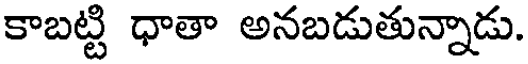
కాబట్టి ధాతా అనబడుతున్నాడు.